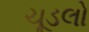
ચૂડલો